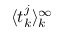
\langle t _ { k } ^ { j } \rangle _ { k } ^ { \infty }